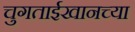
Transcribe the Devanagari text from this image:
चुगताईखानच्या